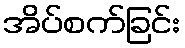
အိပ်စက်ခြင်း